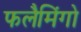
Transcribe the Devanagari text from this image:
फलैमिंगो